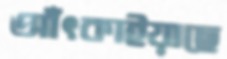
আঁৎকাইয়াছে